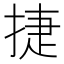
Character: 捷